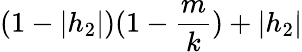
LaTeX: (1-|h_{2}|)(1-\frac{m}{k})+|h_{2}|